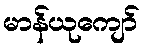
မာန်ယုကျော်